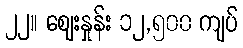
၂၂။ ဈေးနှုန်း ၁၂,၅၀၀ ကျပ်